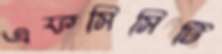
এফসিসিটি